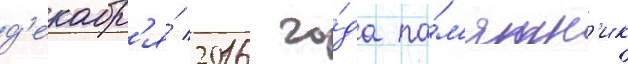
д'екабр'я́ 2016 го́да па́м'ятн'ик